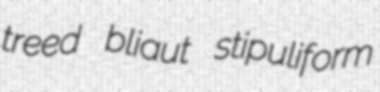
treed bliaut stipuliform